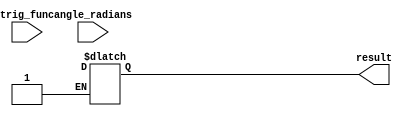
module Trigonometric_ALU (
    input trig_func,
    input [31:0] angle_radians,
    output reg [31:0] result
);

always @(*) begin
    case(trig_func)
        2'b00: begin // Sine calculation
            // Add sine calculation code here
        end
        2'b01: begin // Cosine calculation
            // Add cosine calculation code here
        end
        2'b10: begin // Tangent calculation
            // Add tangent calculation code here
        end
        default: result = 32'hxxxxxxx; // Default result for unknown trigonometric function
    endcase
end

endmodule